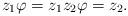
LaTeX: \begin{align*} z_1 \varphi = z_1 z_2 \varphi = z_2. \end{align*}